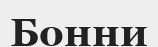
Бонни